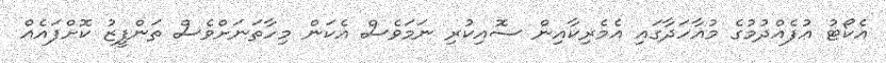
އެކޯޓު އުފެއްދުމުގެ މުއާހަދާގައި އެމެރިކާއިން ސޮއިކުރި ނަމަވެސް އެކަން މިހާތަނަށްވެސް ތަންފީޒު ކޮށްފައެއް